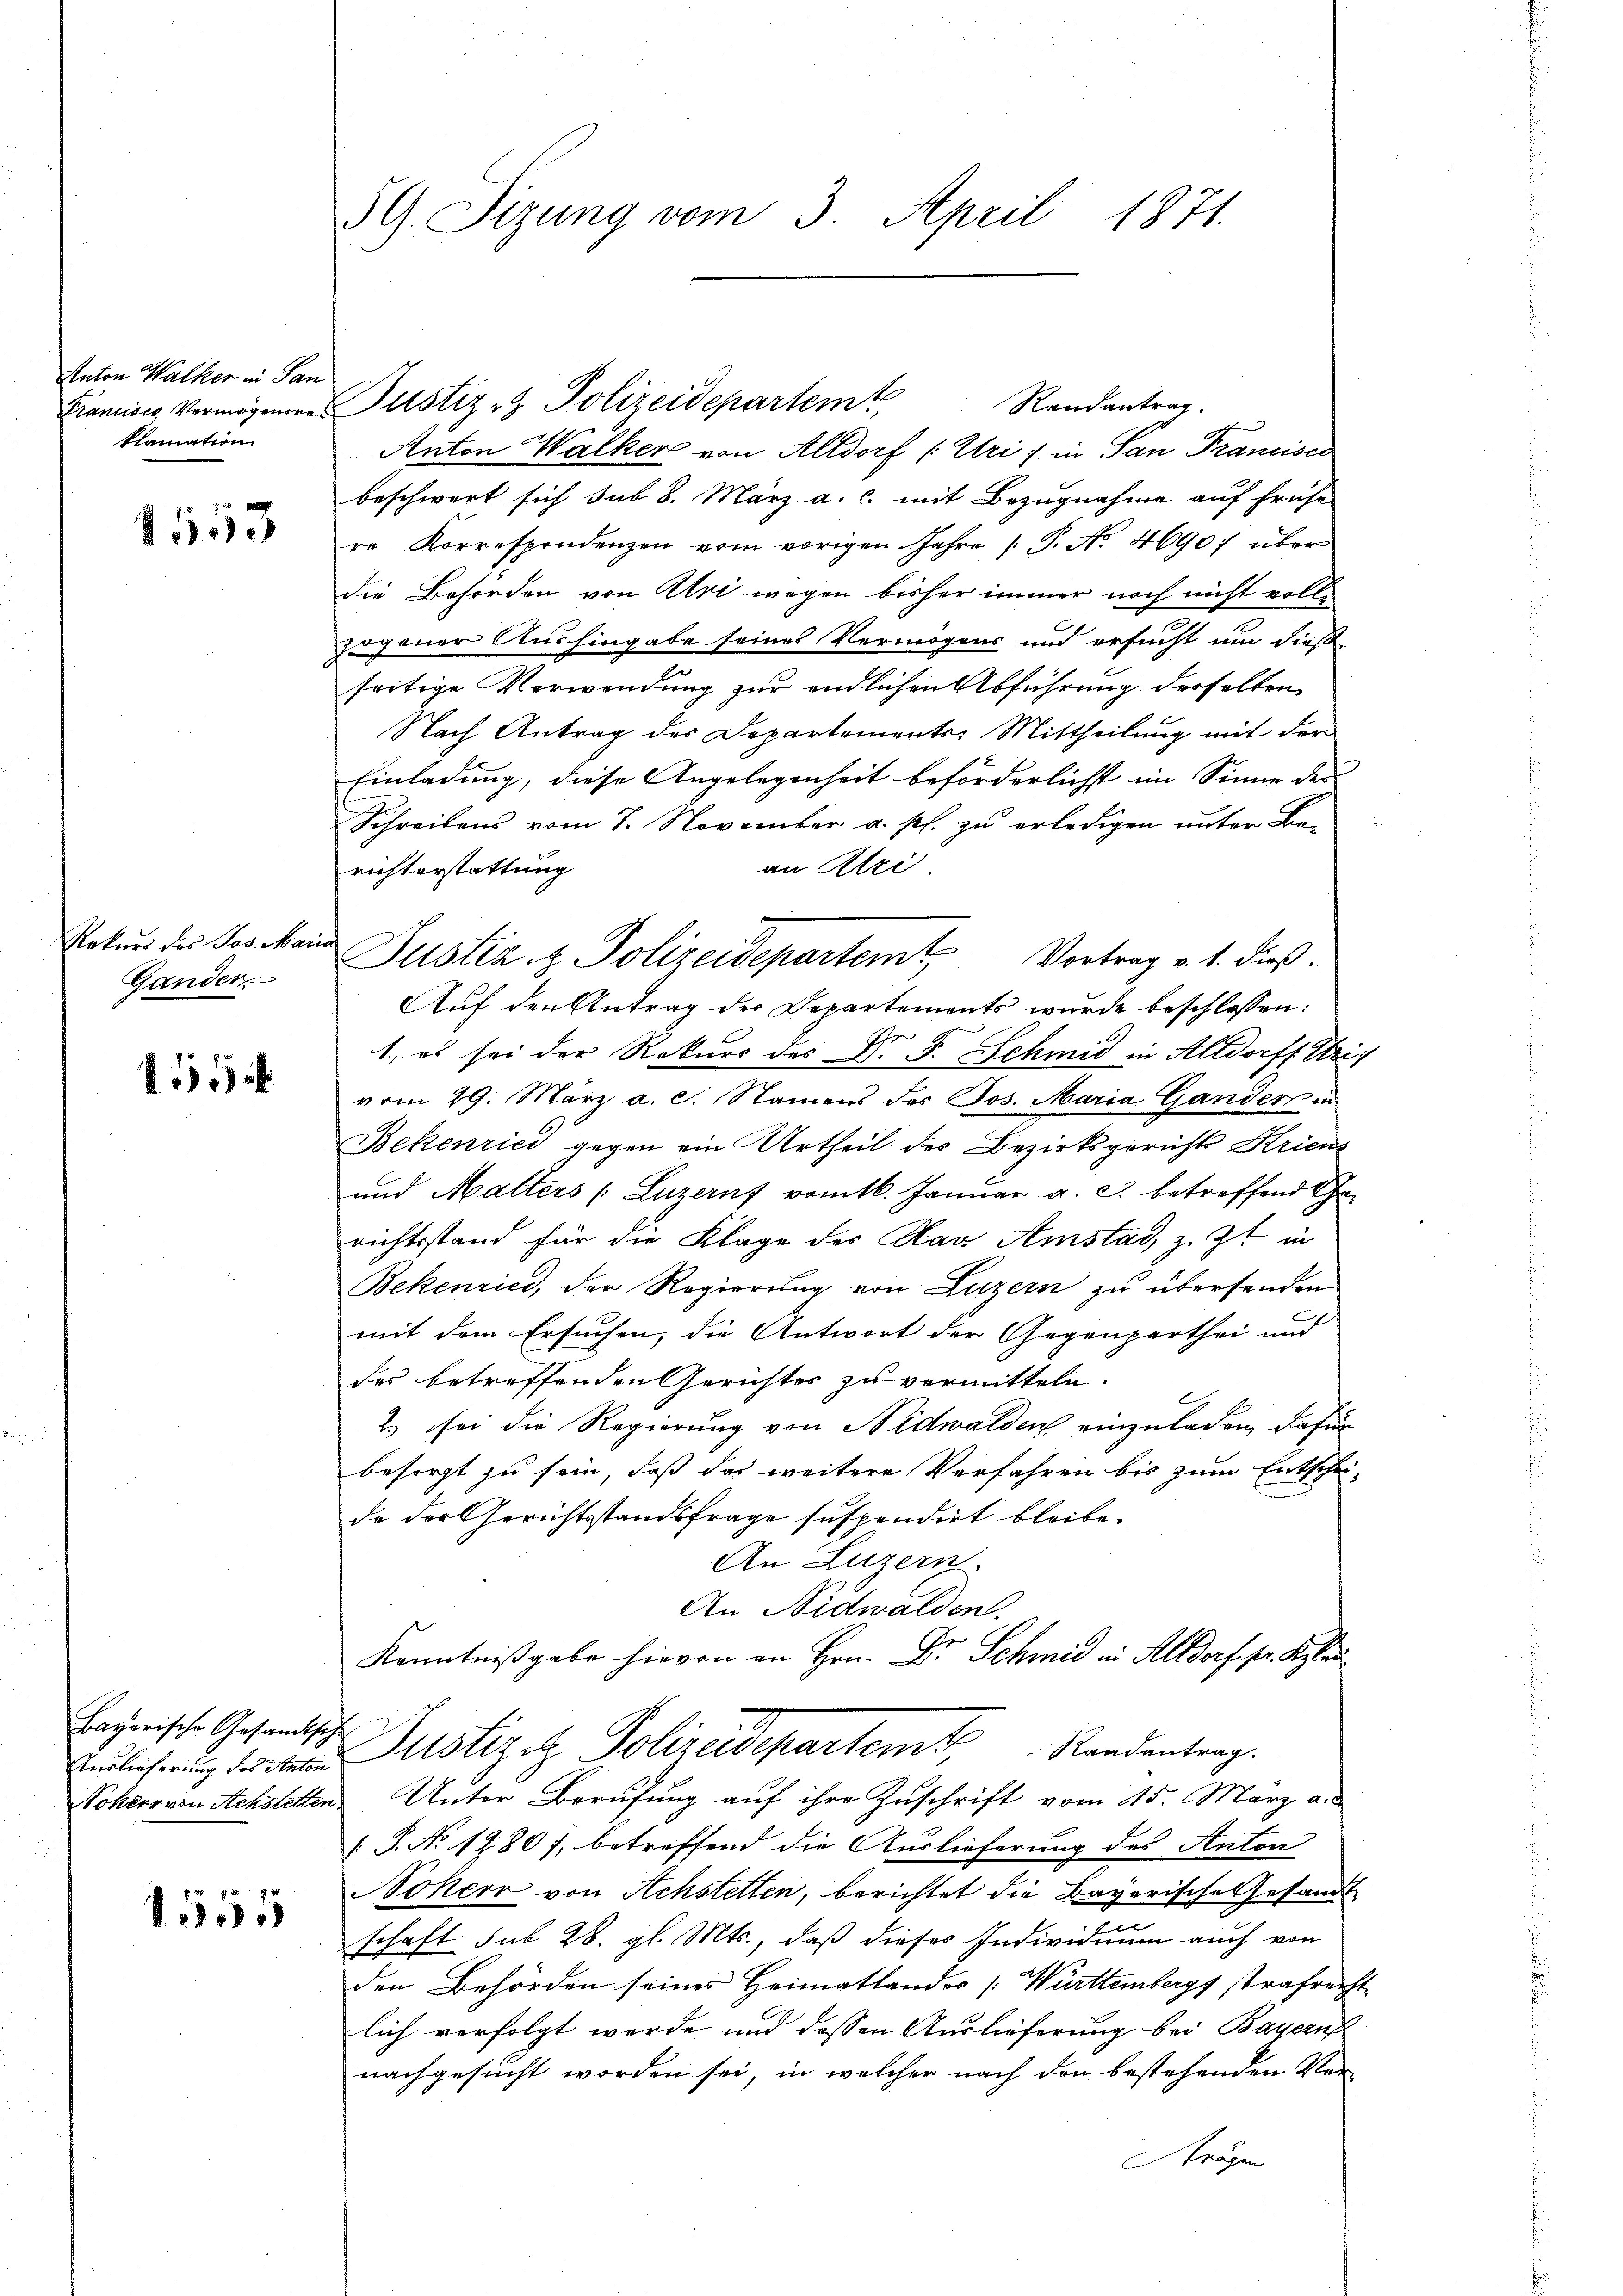
Anton Walker in San
klamation

1553

Rekurs des Jos. Mari
Gander

55

Bayerische Gesandtsch-
Auslieferung des Anton
Sokeer von Achstellen

1555

5G. Sizung vom 3. April 1871.

Francises Vermögenere Justiz & Polizeidepartemt

Randantrag.
Anton Walker von Altdorf (Uri) in San Francisco
beschwert sich sub 8. März a. c. mit Bezugnahme auf frühe
re Korrespondenzen vom vorigen Jahre (T. No. 46907 über
die Behörden von Alvi wegen bisher immer noch nicht vollsogener Aushingabe seines Vermögens und ersucht um dießseitige Verwendung zur endlichen Abführung derselben
Nach Antrag des Departements-Mittheilung mit der
Einladung, diese Angelegenheit beförderlichst im Sinne der
Schreibens vom 7. November a. p. zu erledigen unter Be-
an Klei
richterstattung
Auf den Antrag der Departements wurde beschlossen:
1., es sei der Rekurs des Dr. F. Schmid in Altdorff Uri,
vom 29. März a. c. Namens des Jos. Maria Gander in
Bekenrici gegen ein Urtheil des Bezirksgerichts Kriens
und Malters (Luzern vom 16. Januar a. c. betreffend Gerichtsstand für die Klage des Max Amstad, z. Zt. in
Bekenried, der Regierung von Luzern zu übersenden
mit dem Ersuchen, die Antwort der Gegenparthei und
des betreffenden Gerichtes zu vermitteln.
2) sei die Regierung von Nidwalden einzuladen, dafür
besorgt zu sein, daß das weitere Verfahren bis zum Entschei-
de der Gerichtsstandsfrage suspendirt bleibe.
An Luzern.
An Nidwalden.
Kenntnißgabe hievon an Hrn. Dr Schmid in Altdorf pr. Kle
Justiziz. Polizeidepartemt, Standentrag.
Unter Berufung auf ihre Zuschrift vom 15. März a.d
 P. No 12807, betreffend die Auslieferung des Anton
Noker von Achstetten, berichtet die Bayerische Gesandtschaft sub 28. gl. Mts., daß dieses Individuum auch von
den Behörden seines Heimatlander [Württembergs strafrecht
lich verfolgt werde und dessen Auslieferung bei Bayern
nachgesucht worden sei, in welcher nach den bestehenden Ver
trägen

Justiz- & Polizeidepartem Vortrag v. 1. dieß.